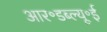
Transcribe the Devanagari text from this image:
आर॰डब्ल्यू॰ई